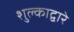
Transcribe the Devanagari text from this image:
शुल्काद्वारे